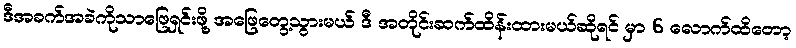
ဒီအခက်အခဲကိုသာဖြေရှင်းဖို့ အဖြေတွေ့သွားမယ် ဒီ အတိုင်းဆက်ထိန်းထားမယ်ဆိုရင် မှာ 6 လောက်ထိတော့